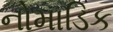
નોમાડિક